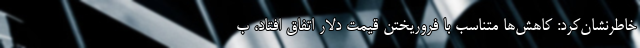
خاطرنشان‌کرد: کاهش‌ها متناسب با فروریختن قیمت دلار اتفاق افتاد، ب